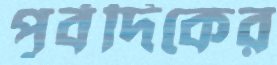
পূর্বদিকের